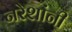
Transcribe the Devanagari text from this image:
नरेशांनी